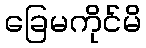
ခြေမကိုင်မိ